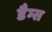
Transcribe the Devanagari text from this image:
डैम्स